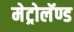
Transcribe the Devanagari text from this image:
मेट्रोलॅण्ड